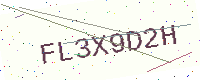
Text: FL3X9D2H